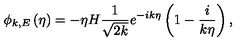
\phi _ { k , E } \left( \eta \right) = - \eta H \frac { 1 } { \sqrt { 2 k } } e ^ { - i k \eta } \left( 1 - \frac { i } { k \eta } \right) ,